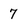
Character: 7